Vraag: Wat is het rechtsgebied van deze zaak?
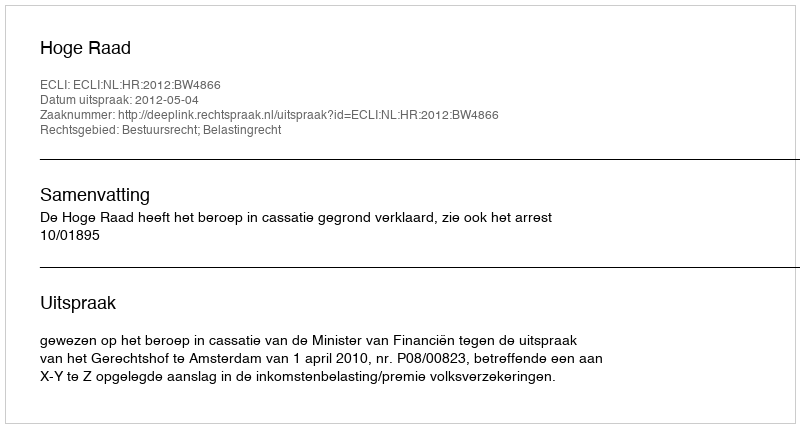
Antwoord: Bestuursrecht; Belastingrecht